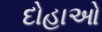
દોહાઓ